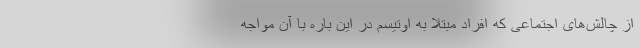
از چالش‌های اجتماعی که افراد مبتلا به اوتیسم در این باره با آن مواجه